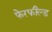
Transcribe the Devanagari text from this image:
फेरफील्ड